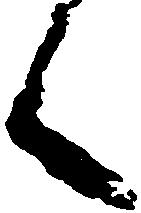
く